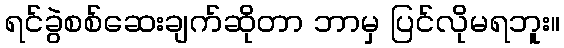
ရင်ခွဲစစ်ဆေးချက်ဆိုတာ ဘာမှ ပြင်လိုမရဘူး။